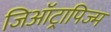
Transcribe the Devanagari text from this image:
जिऑट्रापिज्म